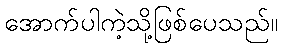
အောက်ပါကဲ့သို့ဖြစ်ပေသည်။